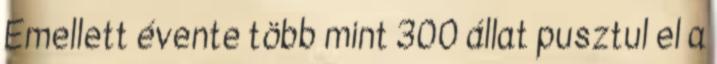
Emellett évente több mint 300 állat pusztul el a